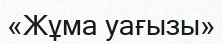
«Жұма уағызы»